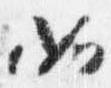
如